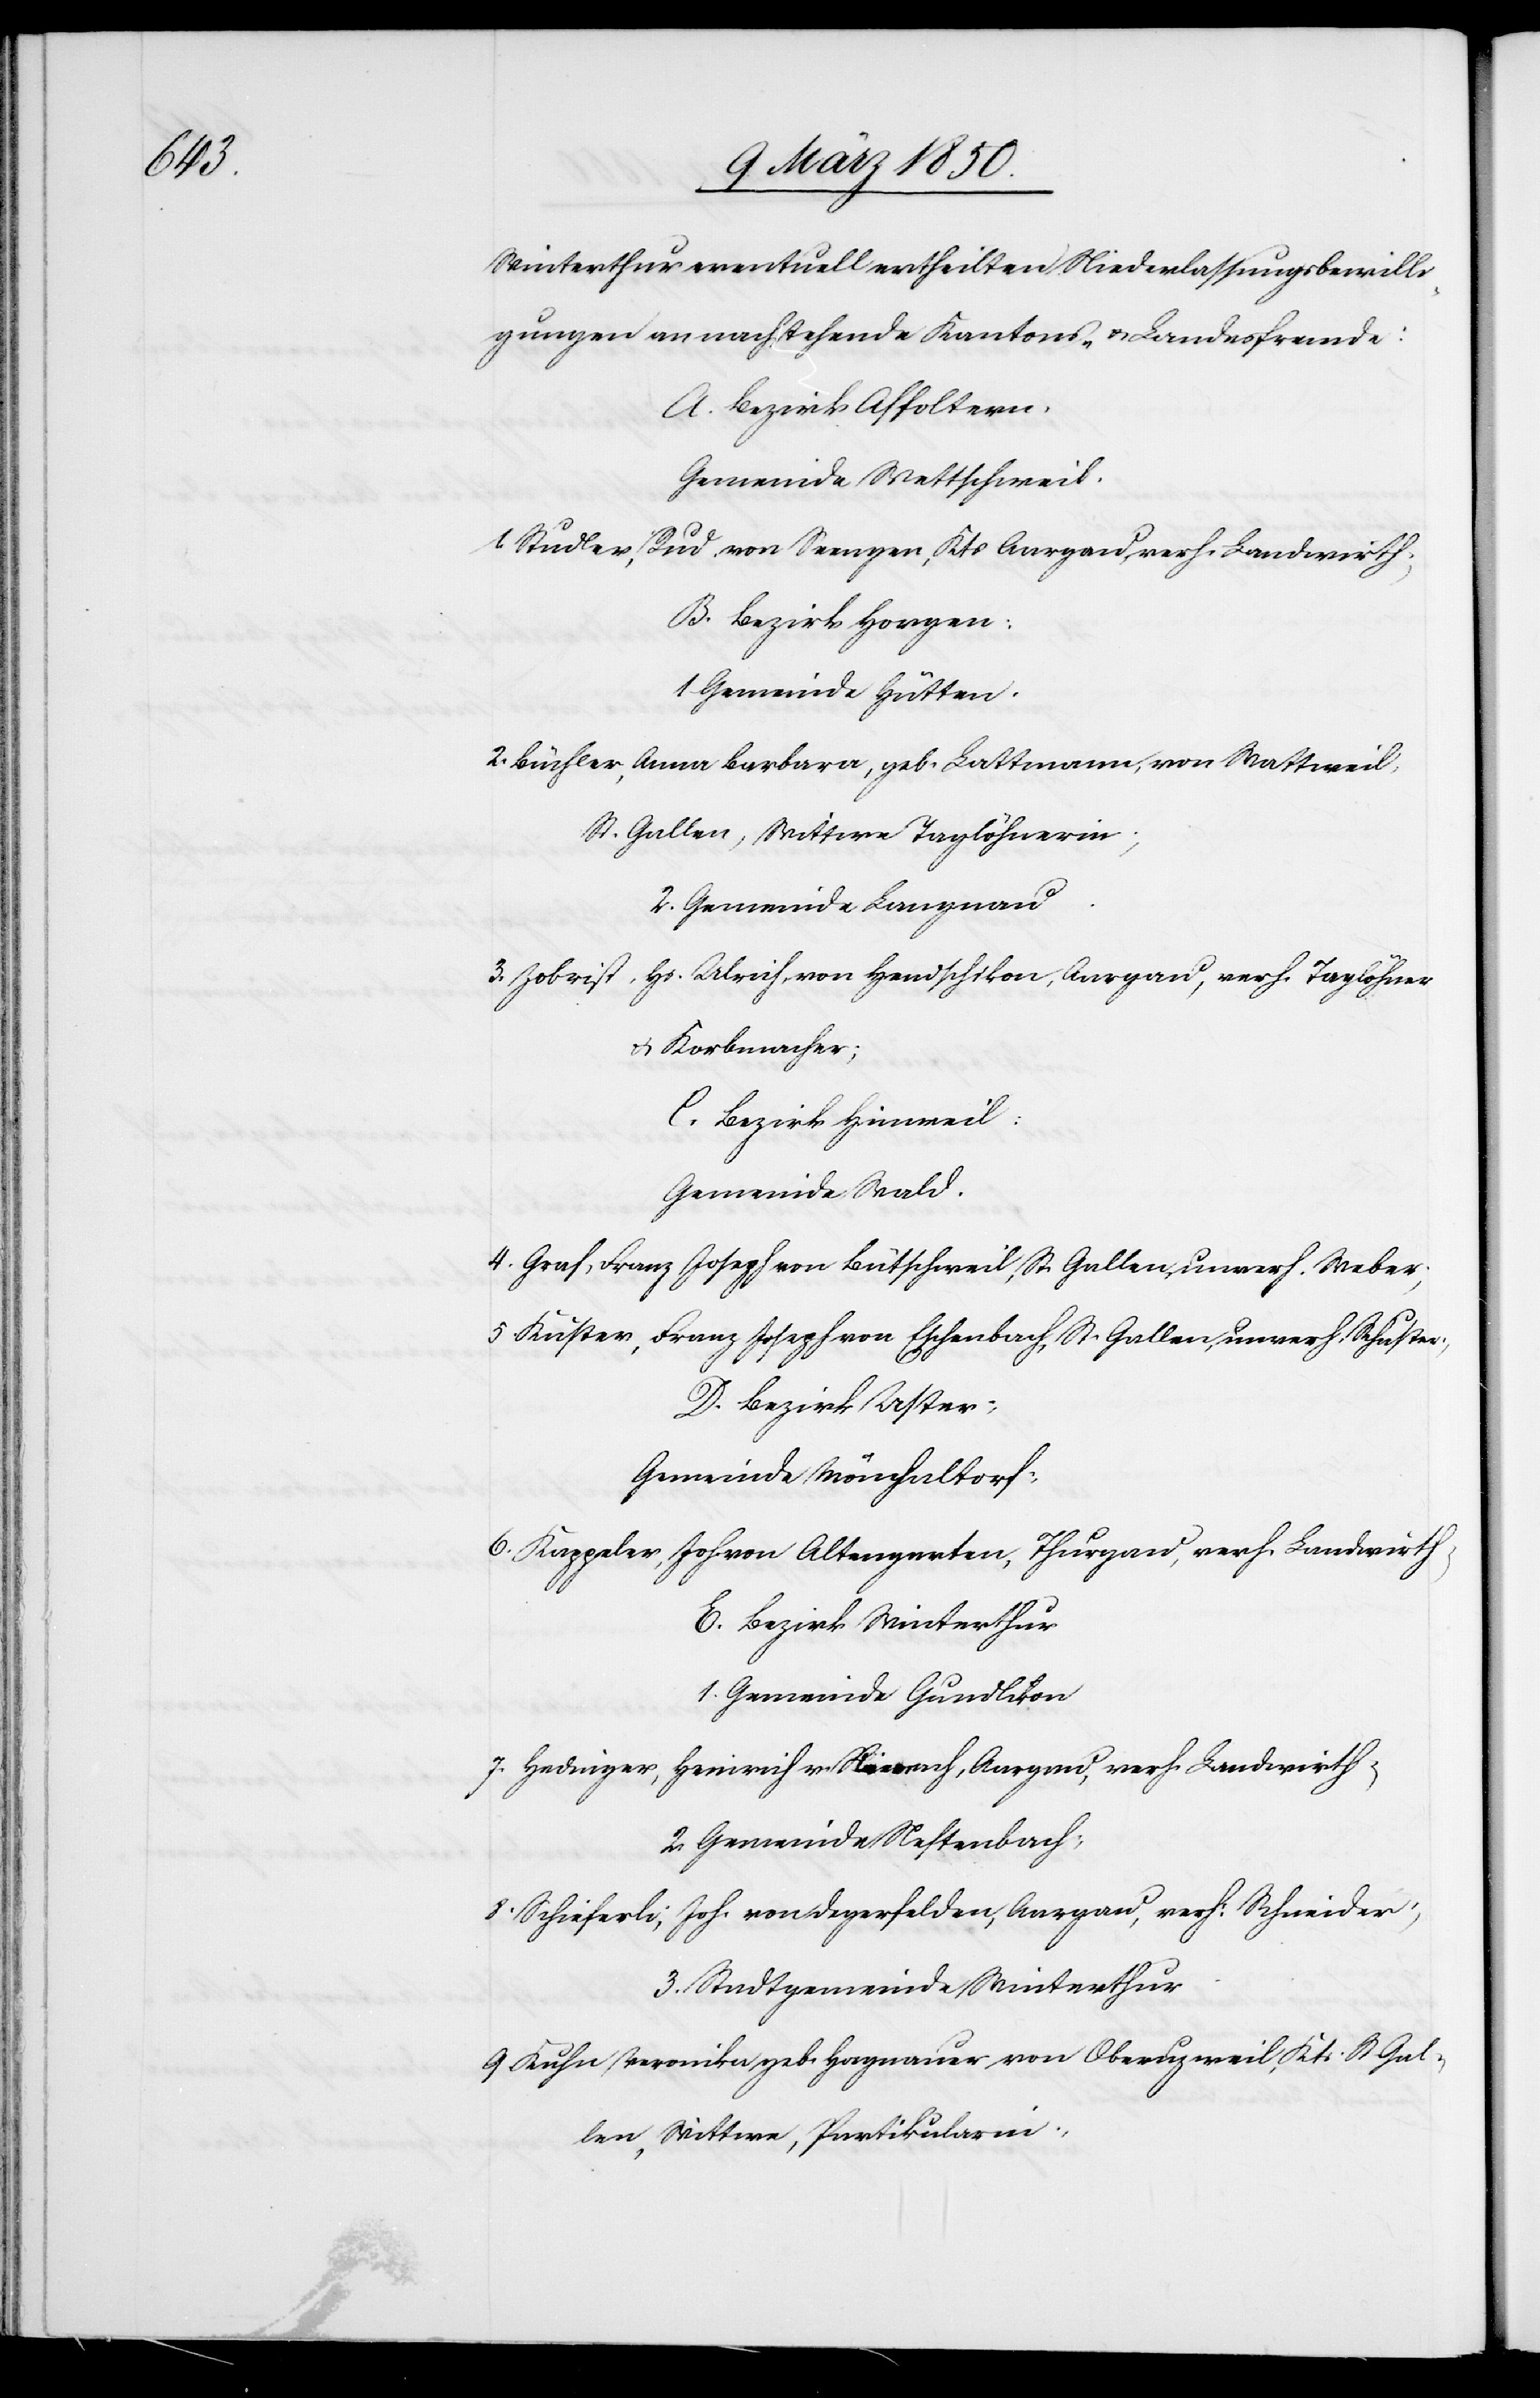
Winterthur eventuell ertheilten Niederlassungsbewilli¬
gungen an nachstehende Kantons- u. Landesfremde:
A. Bezirk Affoltern.
Gemeinde Wettschweil.
1. Studler, Rud. von Seengen, Kts Aargau, verh. Landwirth;
B. Bezirk Horgen:
1 Gemeinde Hütten.
2. Büchler, Anna Barbara, geb. Lattmann, von Wattweil,
St. Gallen, Wittwe Taglöhnerin;
2. Gemeinde Langnau.
3. Zobrist, Hs. Ulrich, von Hendschikon, Aargau, verh. Taglöhner
u. Korbmacher;
C. Bezirk Hinweil.
Gemeinde Wald.
4. Graf, Franz Joseph von Büttschweil, St. Gallen, unverh. Weber;
5 Kuster, Franz Joseph von Eichenbach, St. Gallen, unverh. Schuster;
D. Bezirk Uster;
Gemeinde Mönchaltorf:
6. Kappeler, Joh. von Altengarten, Thurgau, verh. Landwirth;
E. Bezirk Winterthur
1. Gemeinde Gundlikon
7. Hedinger, Heinrich v. Neerach, Aargau, verh. Landwirth;
2. Gemeinde Neftenbach;
8. Schieferli, Joh. von Degerfelden, Aargau, verh: Schneider;
3. Stadtgemeinde Winterthur.
9 Kuhn Veronika geb. Hagnauer von Oberuzweil, Kts. St Gal¬
len, Wittwe, Partikularin;